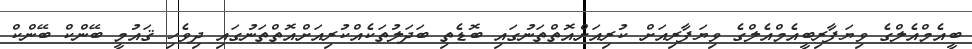
ބީއެމްއެލްގެ ވިޔަފާރިބީއެމްއެލްގެ ވިޔަފާރިއަށް ކުރިއަށްއޮތްތަނުގައި ބޮޑެތި ބަދަލުތަކެއްކުރިއަށްއޮތްތަނުގައި ދިވެހި ޤައުމީ ބޭންކް ބޭންކް